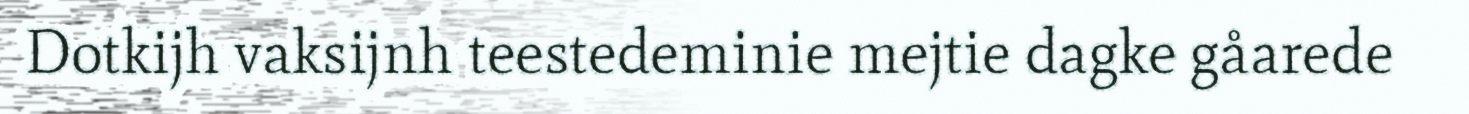
Dotkijh vaksijnh teestedeminie mejtie dagke gåarede